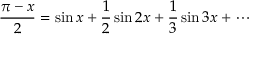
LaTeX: { \frac { \pi - x } { 2 } } = \sin x + { \frac { 1 } { 2 } } \sin 2 x + { \frac { 1 } { 3 } } \sin 3 x + \cdots